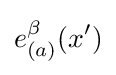
e_{(a)}^{\beta }(x^{\prime })